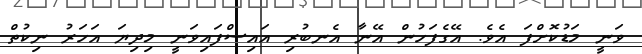
ވަނީ މަޑުކޮށްފަ އެވެ. އޭގެފަހުން އޭނާ އެނބުރި އައިސްފައިވަނީ މިދިޔަ އަހަރު ނިކުތް